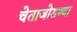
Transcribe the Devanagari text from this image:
चेताजोडण्या